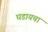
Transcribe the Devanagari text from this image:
घडायचा